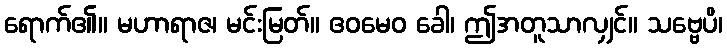
ရောက်၏။ မဟာရာဇ၊ မင်းမြတ်။ ဧဝမေဝ ခေါ၊ ဤအတူသာလျှင်။ သဗ္ဗေပိ၊